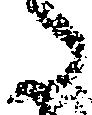
た